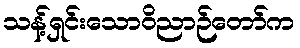
သန့်ရှင်းသောဝိညာဉ်တော်က